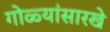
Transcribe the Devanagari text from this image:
गोळ्यांसारखे